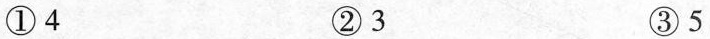
①4 ②3 ③5